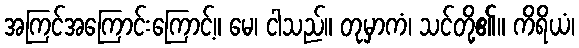
အကြင်အကြောင်းကြောင့်။ မေ၊ ငါသည်။ တုမှာကံ၊ သင်တို့၏။ ကိရိယံ၊